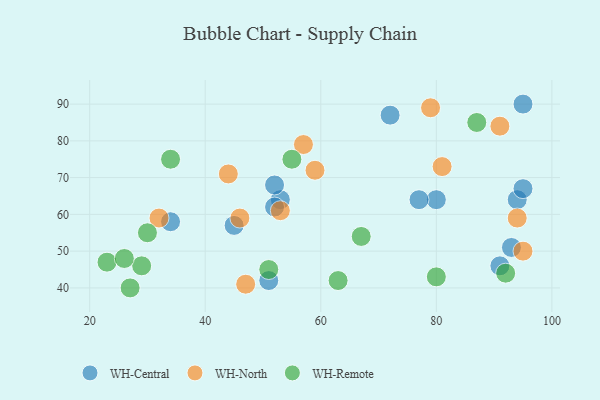
{"axis": {"x": "GDP", "y": "Life Expectancy"}, "legend": ["WH-Central", "WH-North", "WH-Remote"], "data": [{"x": "53", "y": 64, "type": "WH-Central"}, {"x": "95", "y": 90, "type": "WH-Central"}, {"x": "51", "y": 42, "type": "WH-Central"}, {"x": "94", "y": 64, "type": "WH-Central"}, {"x": "93", "y": 51, "type": "WH-Central"}, {"x": "95", "y": 67, "type": "WH-Central"}, {"x": "52", "y": 68, "type": "WH-Central"}, {"x": "80", "y": 64, "type": "WH-Central"}, {"x": "34", "y": 58, "type": "WH-Central"}, {"x": "91", "y": 46, "type": "WH-Central"}, {"x": "72", "y": 87, "type": "WH-Central"}, {"x": "52", "y": 62, "type": "WH-Central"}, {"x": "77", "y": 64, "type": "WH-Central"}, {"x": "45", "y": 57, "type": "WH-Central"}, {"x": "94", "y": 59, "type": "WH-North"}, {"x": "44", "y": 71, "type": "WH-North"}, {"x": "91", "y": 84, "type": "WH-North"}, {"x": "81", "y": 73, "type": "WH-North"}, {"x": "53", "y": 61, "type": "WH-North"}, {"x": "57", "y": 79, "type": "WH-North"}, {"x": "46", "y": 59, "type": "WH-North"}, {"x": "59", "y": 72, "type": "WH-North"}, {"x": "79", "y": 89, "type": "WH-North"}, {"x": "47", "y": 41, "type": "WH-North"}, {"x": "95", "y": 50, "type": "WH-North"}, {"x": "32", "y": 59, "type": "WH-North"}, {"x": "30", "y": 55, "type": "WH-Remote"}, {"x": "23", "y": 47, "type": "WH-Remote"}, {"x": "55", "y": 75, "type": "WH-Remote"}, {"x": "67", "y": 54, "type": "WH-Remote"}, {"x": "27", "y": 40, "type": "WH-Remote"}, {"x": "92", "y": 44, "type": "WH-Remote"}, {"x": "63", "y": 42, "type": "WH-Remote"}, {"x": "34", "y": 75, "type": "WH-Remote"}, {"x": "29", "y": 46, "type": "WH-Remote"}, {"x": "51", "y": 45, "type": "WH-Remote"}, {"x": "87", "y": 85, "type": "WH-Remote"}, {"x": "26", "y": 48, "type": "WH-Remote"}, {"x": "80", "y": 43, "type": "WH-Remote"}]}